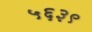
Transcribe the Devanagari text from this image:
५६३९